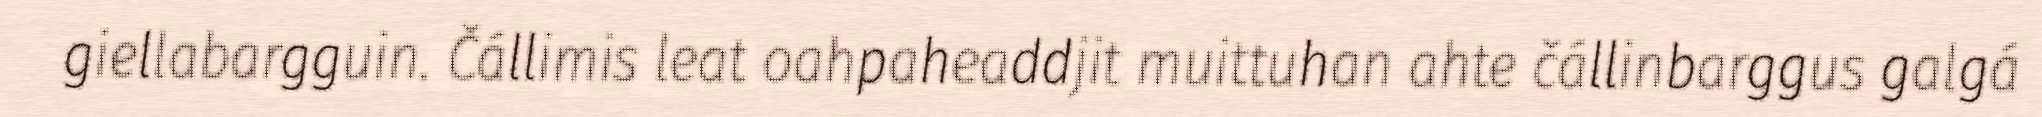
giellabargguin. Čállimis leat oahpaheaddjit muittuhan ahte čállinbarggus galgá